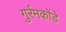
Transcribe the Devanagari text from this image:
गुर्रमकोंडे